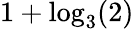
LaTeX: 1+\log_{3}(2)